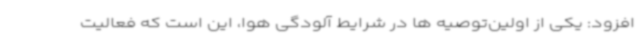
افزود: یکی از اولین‌توصیه ها در شرایط آلودگی هوا، این است که فعالیت